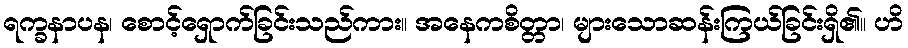
ရက္ခနာပန၊ စောင့်ရှောက်ခြင်းသည်ကား။ အနေကစိတ္တာ၊ များသောဆန်းကြယ်ခြင်းရှိ၏။ ဟိ